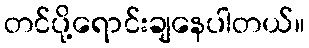
တင်ပို့ရောင်းချနေပါတယ်။